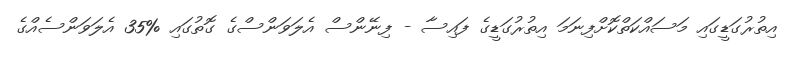
އިތުރުގަޑީގައި މަސައްކަތްކޮށްފިނަމަ އިތުރުގަޑީގެ ފައިސާ - ފިނޭންސް އެލަވަންސްގެ ގޮތުގައި %35 އެލަވަންސެއްގެ